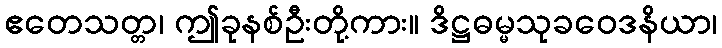
ဧတေသတ္တ၊ ဤခုနစ်ဦးတို့ကား။ ဒိဋ္ဌဓမ္မသုခဝေဒနိယာ၊